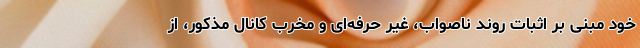
خود مبنی بر اثبات روند ناصواب، غیر حرفه‌ای و مخرّب کانال مذکور، از